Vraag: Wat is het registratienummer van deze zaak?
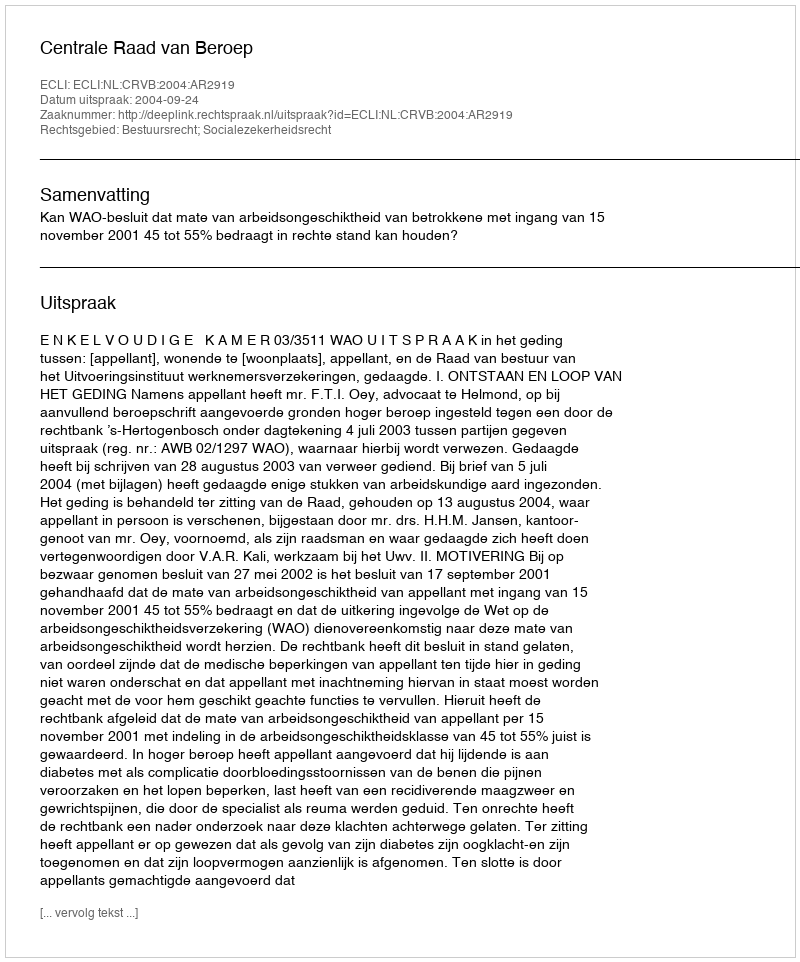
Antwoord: http://deeplink.rechtspraak.nl/uitspraak?id=ECLI:NL:CRVB:2004:AR2919